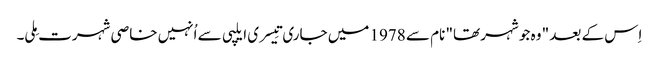
اِس کے بعد " وہ جو شہر تھا" نام سے 1978 میں جاری تِیسری ایلپی سے اُنہیں خاصی شہرت مِلی۔